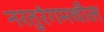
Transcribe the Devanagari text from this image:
नरतुरंगमधील